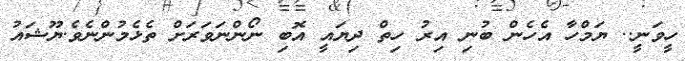
ހީވަނީ.. ޔަމްހާ އެހެން ބުނި އިރު ހިތް ދިޔައީ އޮބި ނޯންނަވަރަށް ތެޅެމުންނެވެ.ޔޫޝައު